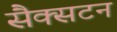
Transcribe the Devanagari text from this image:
सैक्सटन